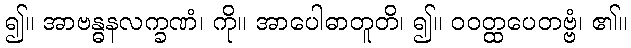
၍။ အာဗန္ဓနလက္ခဏံ၊ ကို။ အာပေါဓာတူတိ၊ ၍။ ဝဝတ္ထပေတဗ္ဗံ၊ ၏။